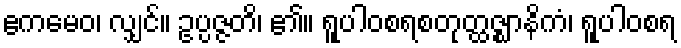
ဧကမေဝ၊ လျှင်။ ဥပ္ပဇ္ဇတိ၊ ၏။ ရူပါဝစရစတုတ္ထဇ္ဈာနိကံ၊ ရူပါဝစရ